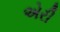
એરી